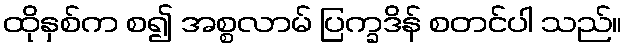
ထိုနှစ်က စ၍ အစ္စလာမ် ပြက္ခဒိန် စတင်ပါ သည်။